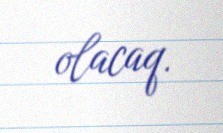
olacaq.